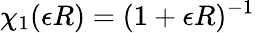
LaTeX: \chi_{1}(\epsilon R)=(1+\epsilon R)^{-1}